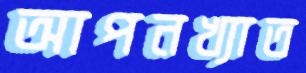
আপনখ্যাত